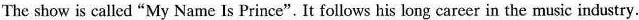
The show is called "My Name Is Prince". It follows his long career in the music industry.